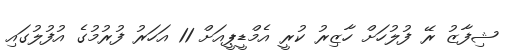
ޝިފާޒު ރޭ ފުލުހަށް ހާޒިރު ކުރީ އެމްޑީޕީއަށް 11 އަހަރު ފުރުމުގެ އުފުލުގައި